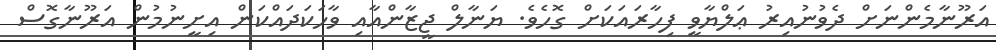
އަރޫނާމެންނަށް ދެވުނުއިރު ޢަލްޔާވީ ފިހާރައަކަށް ގޮހެވެ. ޔަނާލް ޖީޒާންއާއި ވާހަަކަދައްކަން އިށީނުމުން އަރޫނާގޮސް